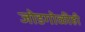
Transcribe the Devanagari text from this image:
जोडगोळीही